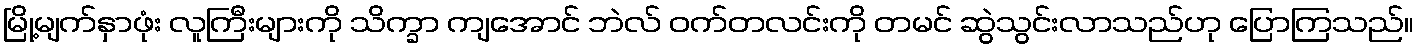
မြို့မျက်နှာဖုံး လူကြီးများကို သိက္ခာ ကျအောင် ဘဲလ် ဝက်တလင်းကို တမင် ဆွဲသွင်းလာသည်ဟု ပြောကြသည်။